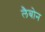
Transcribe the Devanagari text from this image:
लैबोन